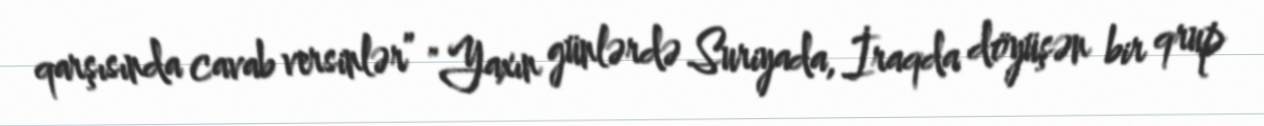
qarşısında cavab versinlər” "Yaxın günlərdə Suriyada, İraqda döyüşən bir qrup